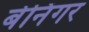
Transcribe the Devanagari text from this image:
बेनिंगर